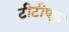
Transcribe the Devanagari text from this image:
टीटीएफ